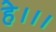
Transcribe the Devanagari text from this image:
हे।।।